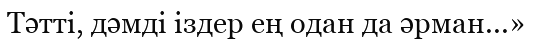
Тәтті, дәмді іздер ең одан да әрман...»